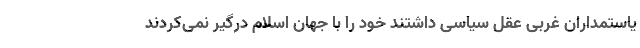
یاستمداران غربی عقل سیاسی داشتند خود را با جهان اسلام درگیر نمی‌کردند